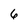
Character: 6